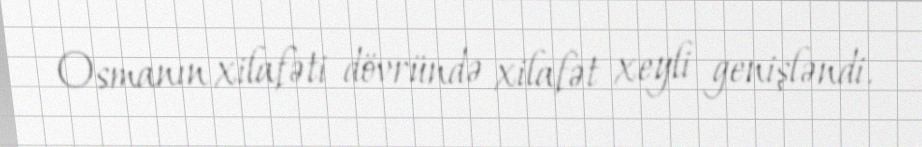
Osmanın xilafəti dövründə xilafət xeyli genişləndi.